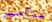
بتأجير